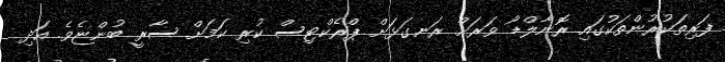
ފަރިތަކުރުންތަކުގައި ރޮނާލްޑޯ ވަރަށް ރަނގަޅަށް ޕްރެކްޓިސް ކުރި ކަމަށް ސާރީ ބުންޏެވެ. އަދި